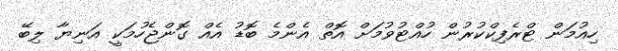
ހިއުމަން ޓްރެފިކްކުރުން ހުއްޓުވުމަށް އޮތް އެންމެ ބޮޑު އެއް ގޮންޖެހުމަކީ އަނިޔާ ލިބޭ